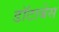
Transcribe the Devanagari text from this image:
डॉटाबेस